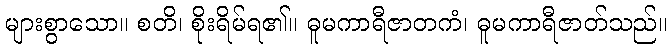
များစွာသော။ စတိ၊ စိုးရိမ်ရ၏။ ဓူမကာရီဇာတကံ၊ ဓူမကာရီဇာတ်သည်။